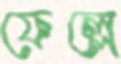
ফেল্লে